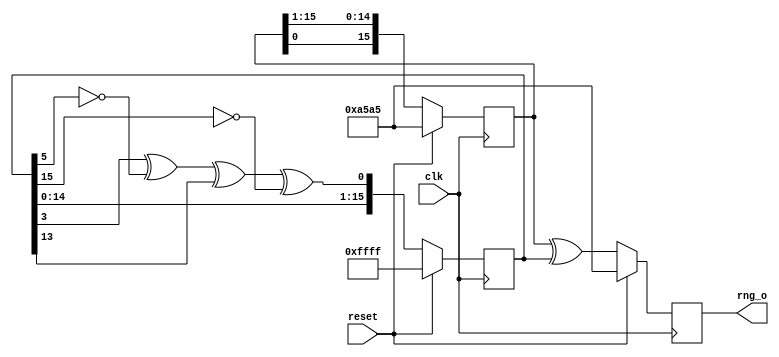
/* rng
 *
 * Copyright 2020 Matt Evans
 * SPDX-License-Identifier: Apache-2.0 WITH SHL-2.1
 *
 * Licensed under the Solderpad Hardware License v 2.1 (the License); you may
 * not use this file except in compliance with the License, or, at your option,
 * the Apache License version 2.0. You may obtain a copy of the License at
 *
 *  https://solderpad.org/licenses/SHL-2.1/
 *
 * Unless required by applicable law or agreed to in writing, any work
 * distributed under the License is distributed on an AS IS BASIS, WITHOUT
 * WARRANTIES OR CONDITIONS OF ANY KIND, either express or implied. See the
 * License for the specific language governing permissions and limitations
 * under the License.
 */
module rng(input wire clk,
	   input wire reset,
	   output reg [15:0] rng_o
	   );

   parameter S = 16'ha5a5;

   reg [15:0] 	     lfsr;
   reg [15:0] 	     r;
   wire		     lfsr_in;
   assign	     lfsr_in = lfsr[3] ^ ~lfsr[5] ^ lfsr[13] ^ ~lfsr[15];

   always @(posedge clk)
     begin
	if (reset) begin
	   lfsr <= 16'hffff;
	   r <= S;
	   rng_o <= S;
	end else begin
	   r <= {r[0],r[15:1]};
	   lfsr[15:0] <= {lfsr[14:0],lfsr_in};
	   rng_o[15:0] <= r[15:0] ^ lfsr[15:0];
	end
     end

endmodule // rng